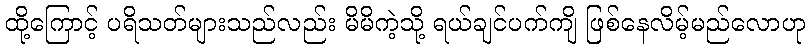
ထို့ကြောင့် ပရိသတ်များသည်လည်း မိမိကဲ့သို့ ရယ်ချင်ပက်ကျိ ဖြစ်နေလိမ့်မည်လောဟု